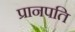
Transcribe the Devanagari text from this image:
प्रानपति